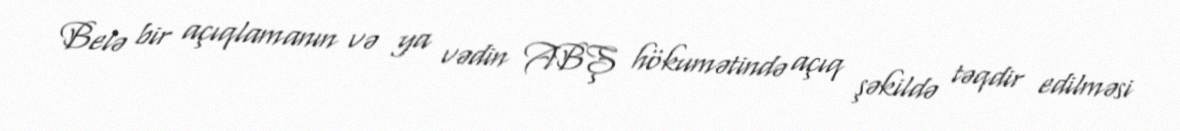
Belə bir açıqlamanın və ya vədin ABŞ hökumətində açıq şəkildə təqdir edilməsi